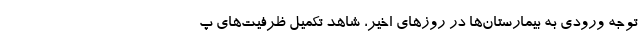
توجه ورودی به بیمارستان‌ها در روزهای اخیر، شاهد تکمیل ظرفیت‌های پ